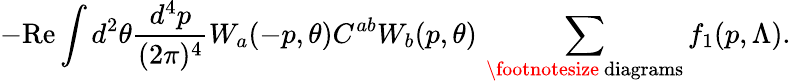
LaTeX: -\mathrm{Re}\int d^{2}\theta\frac{d^{4}p}{(2\pi)^{4}}W_{a}(-p,\theta)C^{ab}W_{b}(p,\theta)\, \sum_{\mathrm{\footnotesize~diagrams}}f_{1}(p,\Lambda).